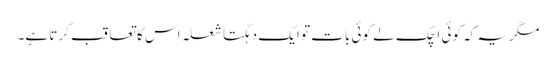
مگر یہ کہ کوئی اچک لے کوئی بات تو ایک دہکتا شعلہ اس کا تعاقب کرتا ہے۔